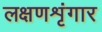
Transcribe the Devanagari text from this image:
लक्षणशृंगार